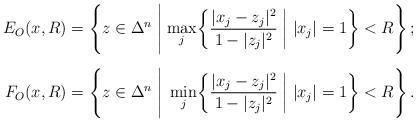
LaTeX: \begin{align*}\vcenter{\halign{$\hfil#$&$#=\Biggl\{z\in\Delta^n\hfil$&${}\Biggm|\hfil#$& $\biggl\{{\displaystyle\frac{|x_j-z_j|^2}{1-|z_j|^2}}\biggm| |x_j|=1\biggr\}<R\Biggr\}$#\hfil\cr E_O(x,R)&{}&\max\limits_j&\thinspace;\cr\noalign{\vskip2\jot} F_O(x,R)&{}&\min\limits_j&\thinspace.\cr}}\end{align*}